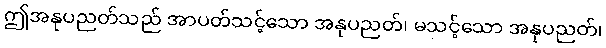
ဤအနုပညတ်သည် အာပတ်သင့်သော အနုပညတ်၊ မသင့်သော အနုပညတ်၊